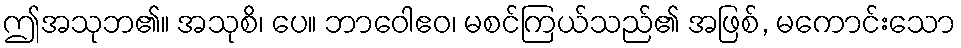
ဤအသုဘ၏။ အသုစိ၊ ပေ။ ဘာဝေါဧဝ၊ မစင်ကြယ်သည်၏ အဖြစ်, မကောင်းသော